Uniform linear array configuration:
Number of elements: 48
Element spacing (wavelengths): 0.5
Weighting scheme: cosine
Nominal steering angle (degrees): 60
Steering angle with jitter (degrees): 58.07
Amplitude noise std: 0.05
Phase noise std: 0.05

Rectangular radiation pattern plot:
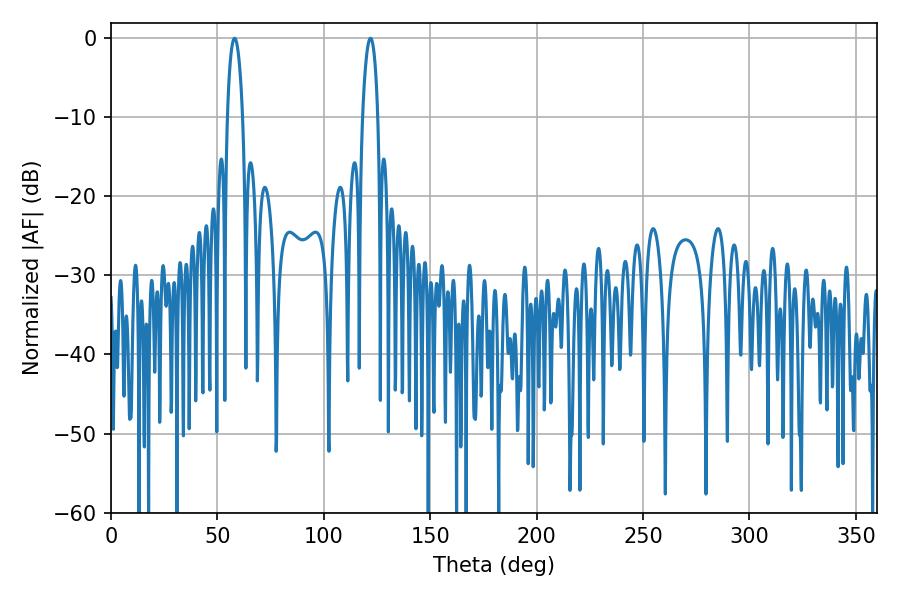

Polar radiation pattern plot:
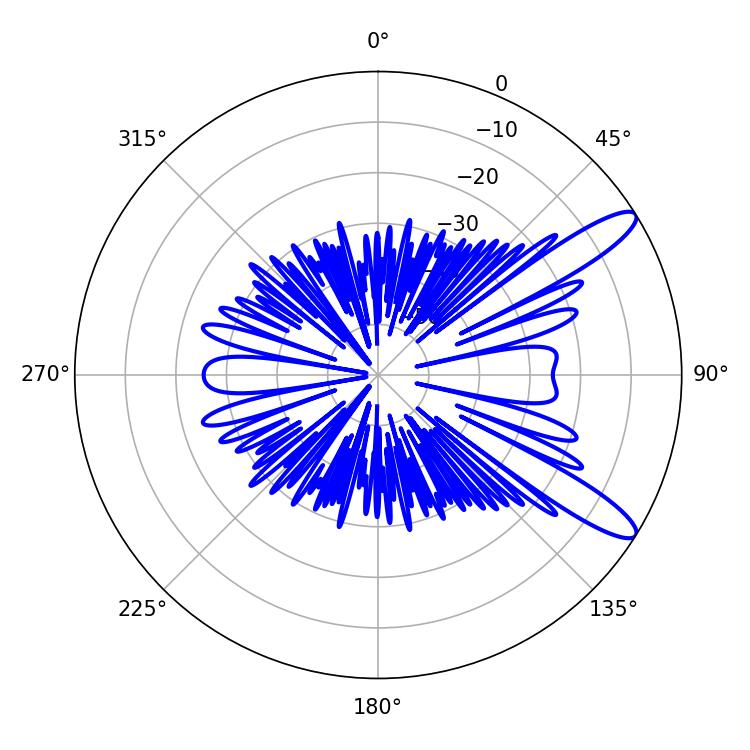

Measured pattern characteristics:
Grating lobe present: FALSE
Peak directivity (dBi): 11.742
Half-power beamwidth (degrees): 3.96
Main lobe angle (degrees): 58.14